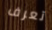
تعرف